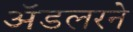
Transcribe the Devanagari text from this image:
ॲडलरने